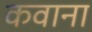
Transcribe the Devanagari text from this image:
कवाना